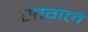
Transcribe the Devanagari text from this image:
सांगले